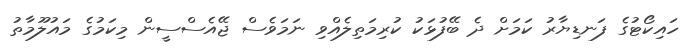
ހައިކޯޓުގެ ފަނޑިޔާރު ކަމަށް ދެ ބޭފުޅަކު ކުރިމަތިލެއްވި ނަމަވެސް ޖޭއެސްސީން މިކަމުގެ މައުލޫމާތު